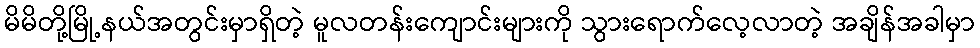
မိမိတို့မြို့နယ်အတွင်းမှာရှိတဲ့ မူလတန်းကျောင်းများကို သွားရောက်လေ့လာတဲ့ အချိန်အခါမှာ